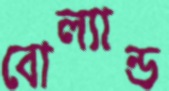
বোল্যান্ড